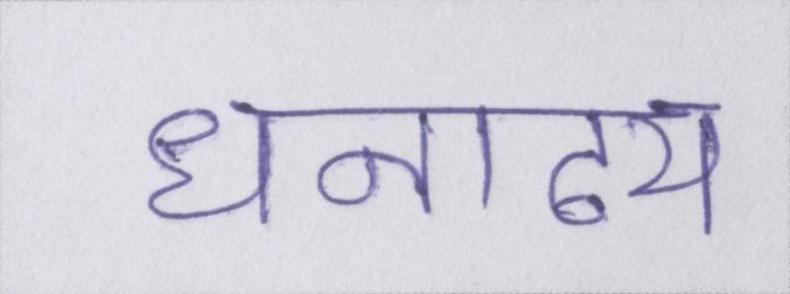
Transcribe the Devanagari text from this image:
धनाढ्य